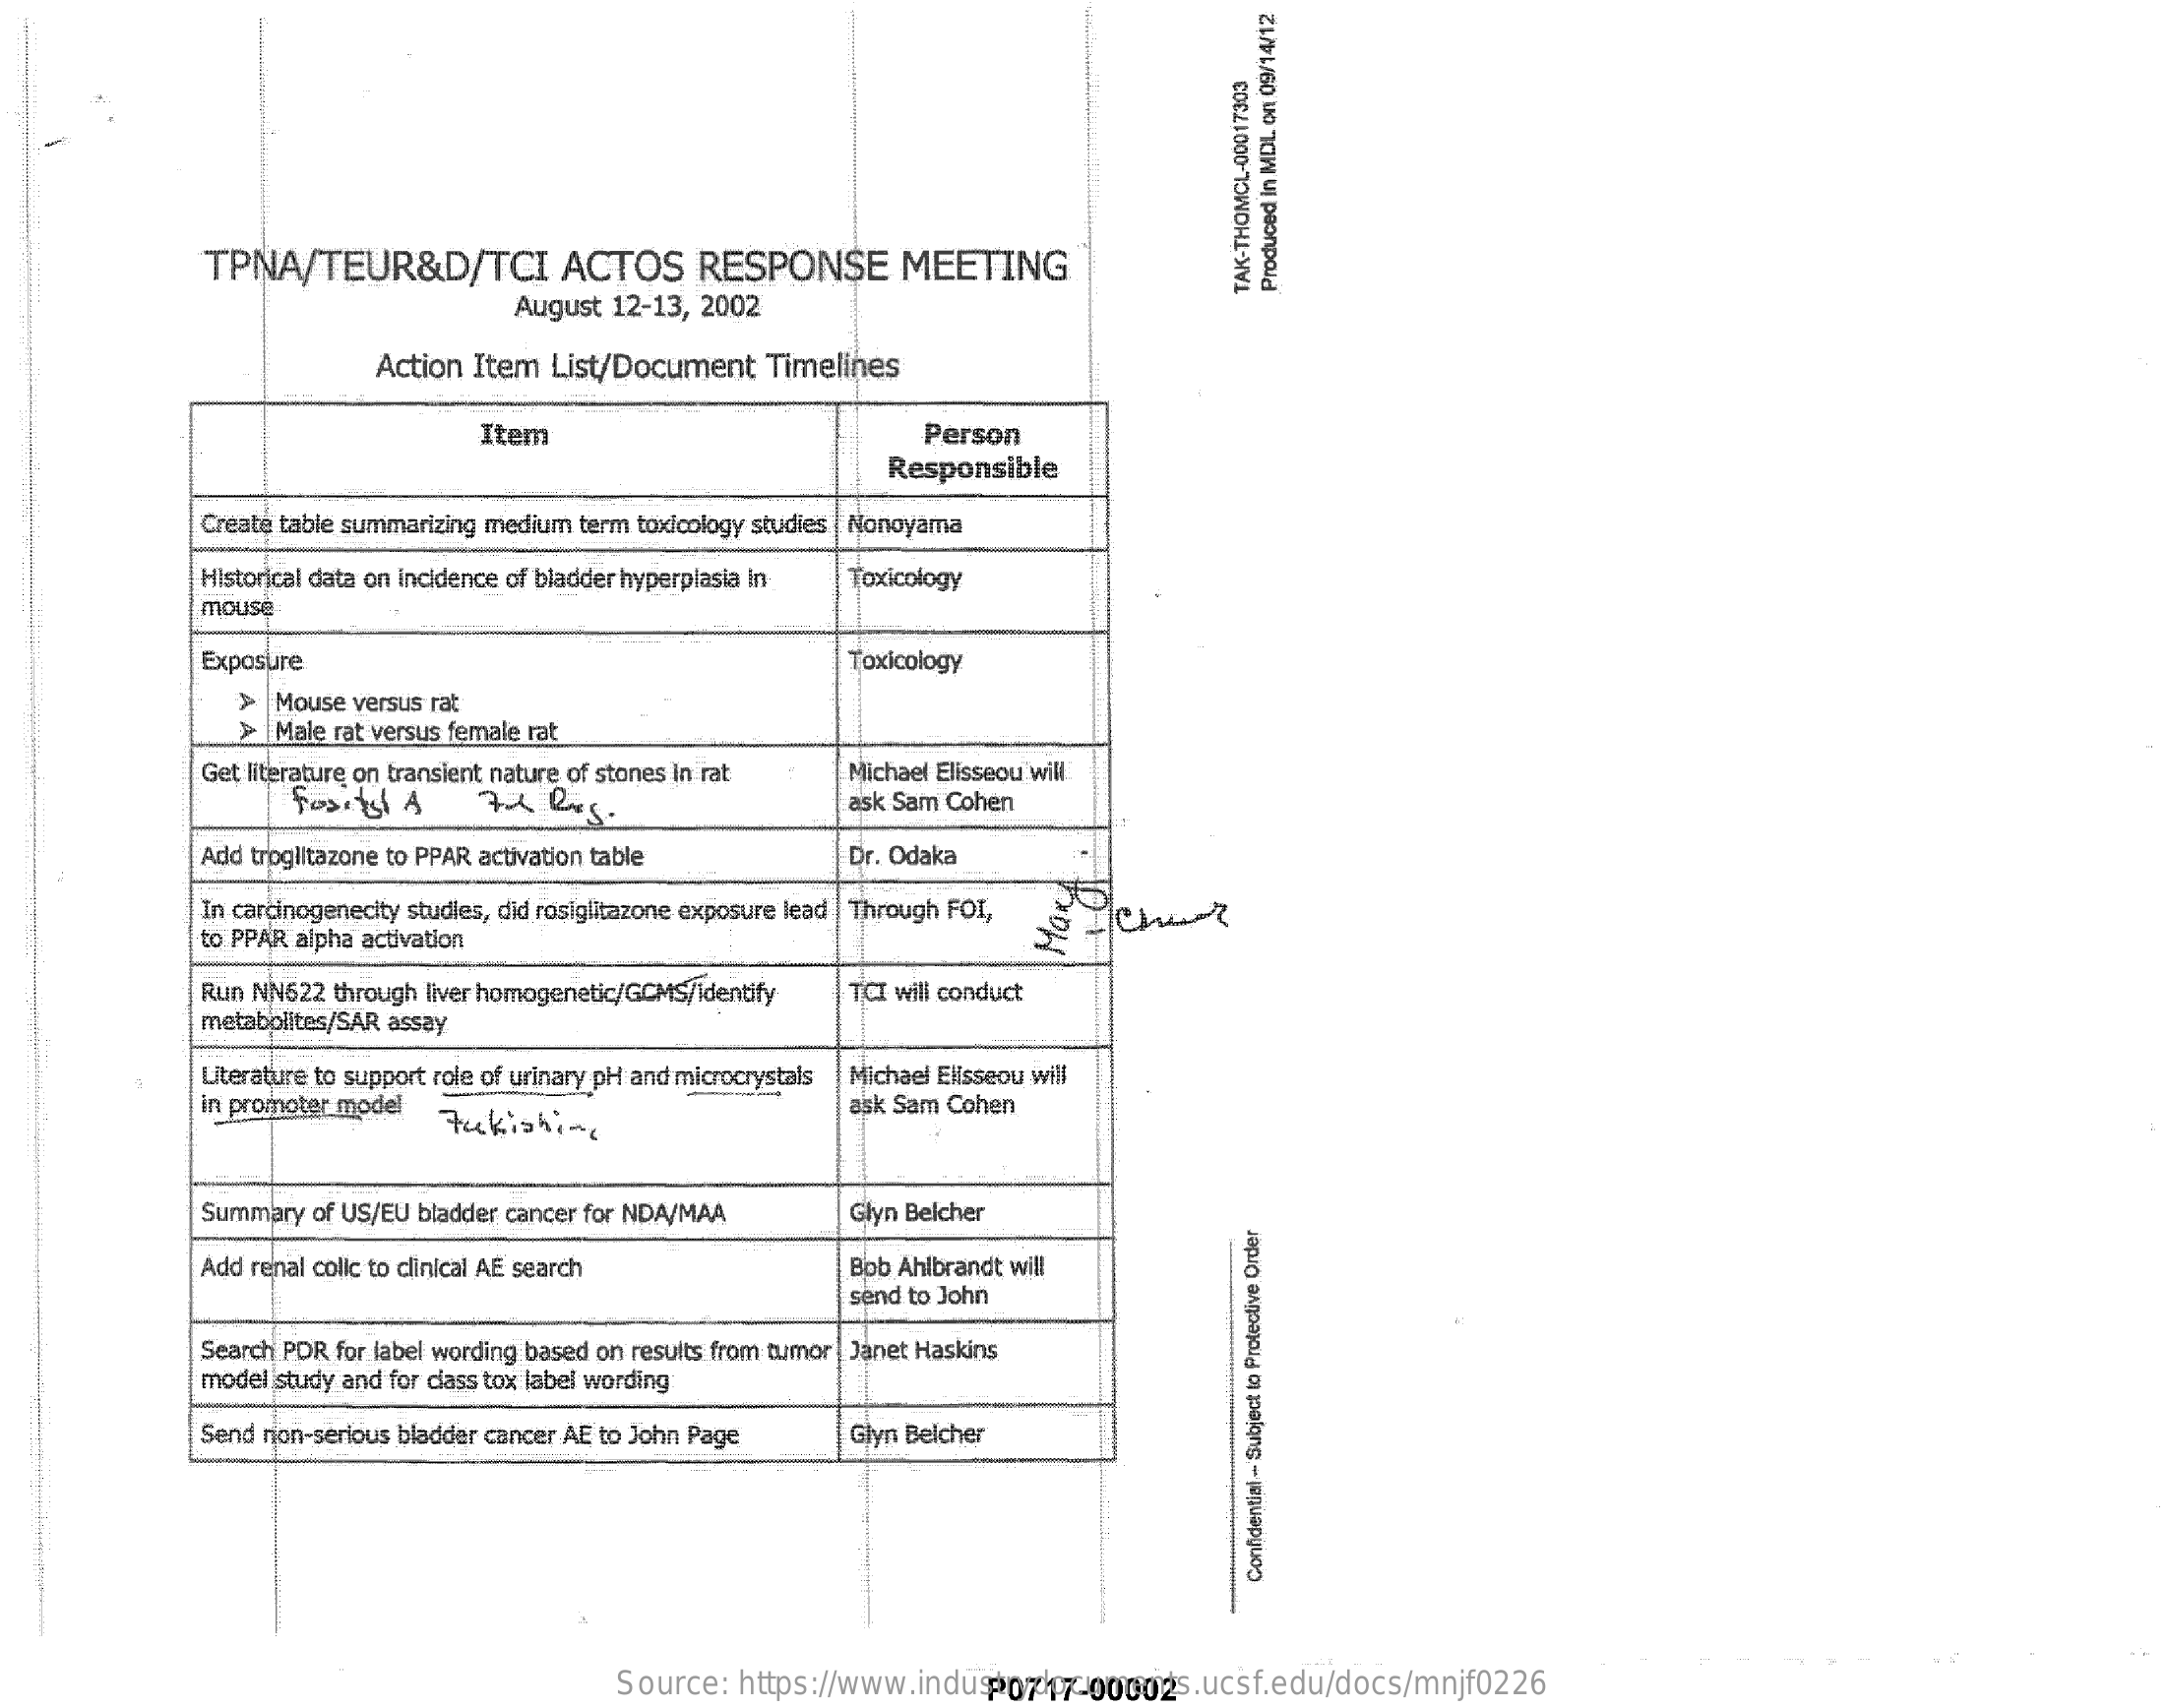
TPNA/TEUR&D/TCI    ACTOS    RESPONSE    MEETING
     August 12-13, 2002
     TAK-THOMCL-00017303
     Produced
     in
     MDL
     on
     09/14/12
     Action Item List/Document    Timelines
     Item    Person
     Responsible
     Create table summarizing medium term toxicology studies |Nonoyama
     Historical data on incidence of bladder hyperplasia in Toxicology
     mouse
     Exposure    Toxicology
     Mouse versus rat
     >  Male rat versus female rat
     Get literature on transient nature of stones in rat
     721  RxS.
     Michael Elisseou will
     ask Sam Cohen
     Add troglitazone to PPAR activation table    Dr. Odaka
     In carcinogenecity studies, did rosiglitazone exposure lead |Through FOI,
     to PPAR alpha activation
     Chut Mary
     Run NN622 through liver homogenetic/GCMS/identify
     metabolites/SAR assay
     TCI will conduct
     Literature to support role of urinary pH and microcrystals
     in promoter model
     Michael Elisseou will
     Fukishing
     ask Sam Cohen
     Summary  of US/EU bladder cancer for NDA/MAA    Glyn Belcher
     Add renal colic to clinical AE search    Bob Ahlbrandt will
     send to John
     Search PDR for label wording based on results from tumor | Janet Haskins
     model study and for class tox label wording
     Send rion-serious bladder cancer AE to John Page Glyn Belcher
     Confidential
     -
     Subject
     to
     Protective
     Order
     Source:  https://www.industrydocuments.ucsf.edu/docs/mnjf0226 P0717-00002